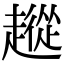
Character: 𧽵